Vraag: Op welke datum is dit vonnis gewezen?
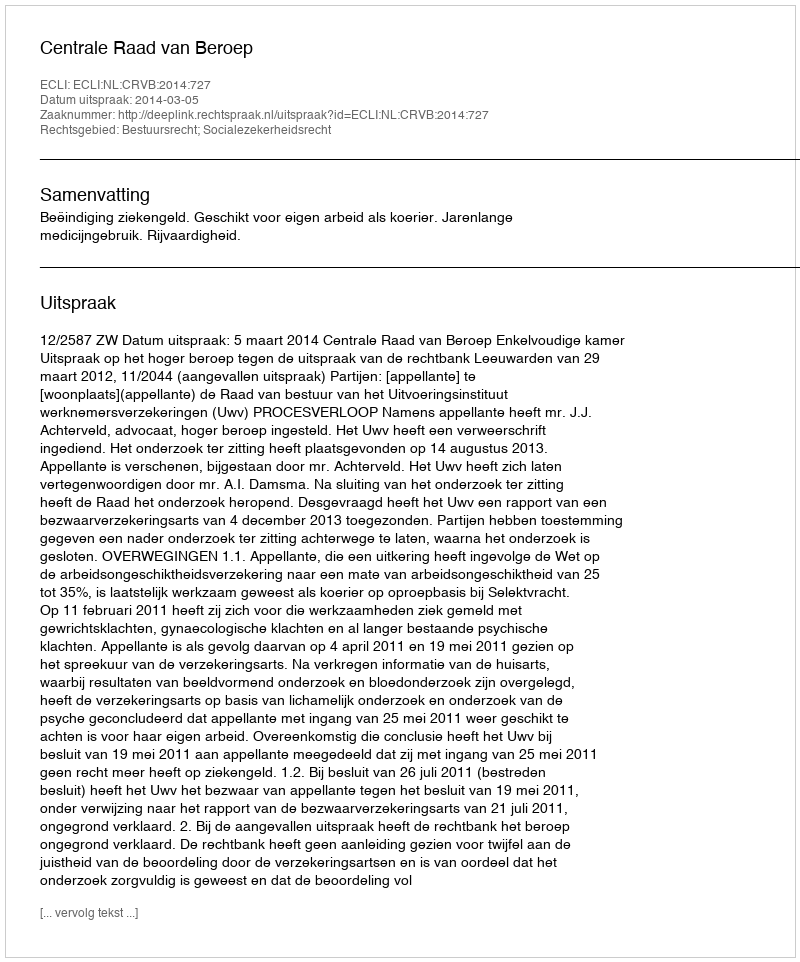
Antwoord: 2014-03-05